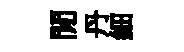
閒丹細